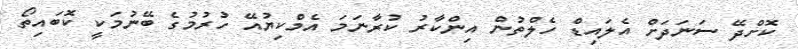
ކޮށްދޭ ސަނަދަށް އެލައިޑް ހެލްތުން އިންކާރު ކުރާނަމަ އެމްކިޔުއޭ ހުރުމުގެ ބޭނުމަކީ ކޮބައިތޯ